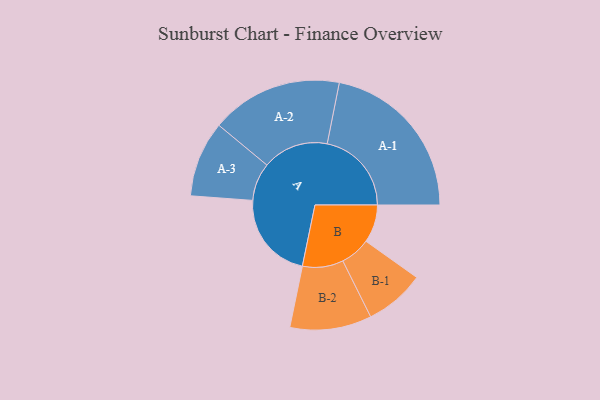
{"axis": {"x": "Segment", "y": "Value"}, "legend": ["", "A", "B"], "data": [{"x": "A", "y": 303, "type": ""}, {"x": "B", "y": 130, "type": ""}, {"x": "A-1", "y": 289, "type": "A"}, {"x": "A-2", "y": 226, "type": "A"}, {"x": "A-3", "y": 130, "type": "A"}, {"x": "B-1", "y": 103, "type": "B"}, {"x": "B-2", "y": 140, "type": "B"}]}